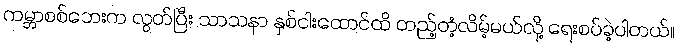
ကမ္ဘာစစ်ဘေးက လွတ်ပြီး သာသနာ နှစ်ငါးထောင်ထိ တည့်တံ့လိမ့်မယ်လို့ ရေးစပ်ခဲ့ပါတယ်။